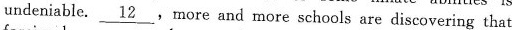
undeniable. \underline{12}, more and more schools are discovering that